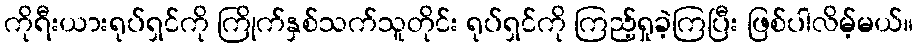
ကိုရီးယားရုပ်ရှင်ကို ကြိုက်နှစ်သက်သူတိုင်း ရုပ်ရှင်ကို ကြည့်ရှုခဲ့ကြပြီး ဖြစ်ပါလိမ့်မယ်။